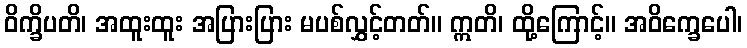
ဝိက္ခိပတိ၊ အထူးထူး အပြားပြား မပစ်လွှင့်တတ်။ ဣတိ၊ ထို့ကြောင့်။ အဝိက္ခေပေါ၊